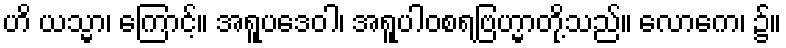
ဟိ ယသ္မာ၊ ကြောင့်။ အရူပဒေဝါ၊ အရူပါဝစရဗြဟ္မာတို့သည်။ လောကေ၊ ၌။